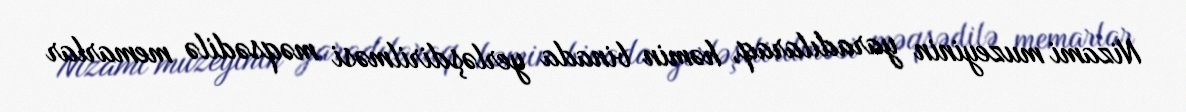
Nizami muzeyinin yaradılaraq, həmin binada yerləşdirilməsi məqsədilə memarlar